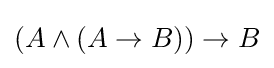
\left(A\land \left(A\rightarrow B\right)\right)\rightarrow B